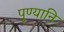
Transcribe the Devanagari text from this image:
पुण्यानि